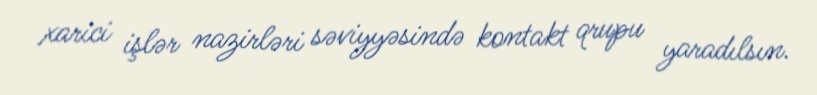
xarici işlər nazirləri səviyyəsində kontakt qrupu yaradılsın.